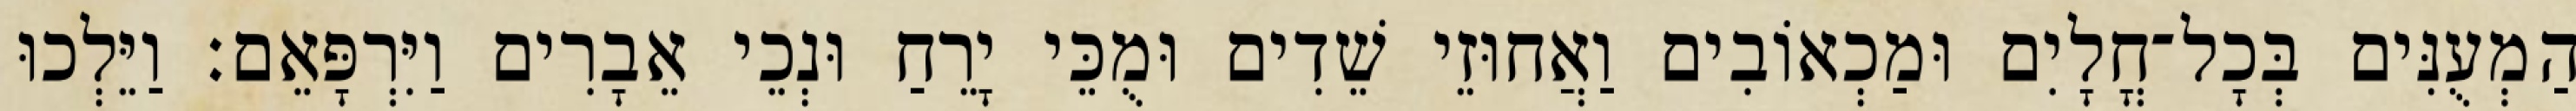
הַמְעֻנִּים בְּכָל־חֳלָיִם וּמַכְאוֹבִים וַאֲחוּזֵי שֵׁדִים וּמֻכֵּי יָרֵחַ וּנְכֵי אֵבָרִים וַיִּרְפָּאֵם׃ וַיֵּלְכוּ